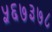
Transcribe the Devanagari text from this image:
५६७३७८